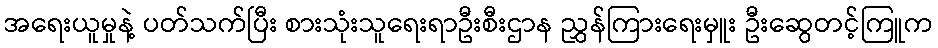
အရေးယူမှုနဲ့ ပတ်သက်ပြီး စားသုံးသူရေးရာဦးစီးဌာန ညွှန်ကြားရေးမှူး ဦးဆွေတင့်ကြူက